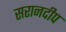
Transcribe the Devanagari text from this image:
सरानदीप